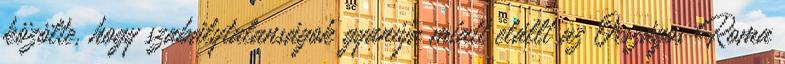
közölte, hogy szabálytalanságok gyanúja miatt elállt az Országos Roma